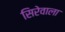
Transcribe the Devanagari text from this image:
सिरेवाला